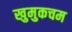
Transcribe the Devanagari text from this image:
खुमुकचम